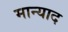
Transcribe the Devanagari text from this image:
मान्याद